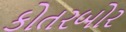
કોતરબોર